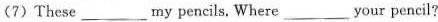
(7)These ___ my pencils. Where ___ your pencil?